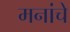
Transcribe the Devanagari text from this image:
मनांचे